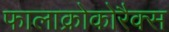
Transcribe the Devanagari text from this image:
फालाक्रोकोरैक्स